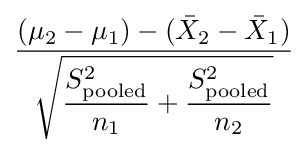
{\frac {(\mu _{2}-\mu _{1})-({\bar {X}}_{2}-{\bar {X}}_{1})}{\displaystyle {\sqrt {{\frac {S_{\mathrm {pooled} }^{2}}{n_{1}}}+{\frac {S_{\mathrm {pooled} }^{2}}{n_{2}}}}}}}